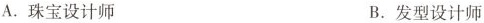
A.珠宝设计师 B._发型设计师